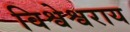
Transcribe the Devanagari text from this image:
विश्वेश्वराय